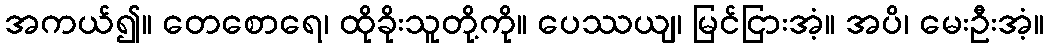
အကယ်၍။ တေစောရေ၊ ထိုခိုးသူတို့ကို။ ပေဿယျ၊ မြင်ငြားအံ့။ အပိ၊ မေးဦးအံ့။